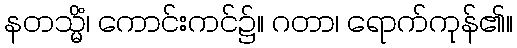
နတသ္မိံ၊ ကောင်းကင်၌။ ဂတာ၊ ရောက်ကုန်၏။